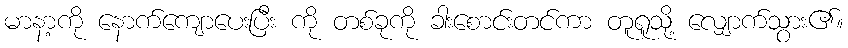
မာနာ့ကို နောက်ကျောပေးပြီး ကို တစ်ခုကို ခါးစောင်းတင်ကာ တူရူသို့ လျှောက်သွား၏။